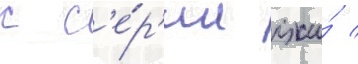
с с'е́р'ии лжи́ /